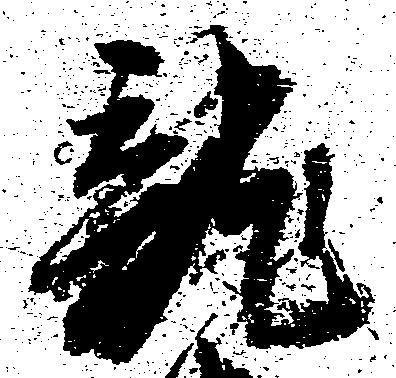
龍